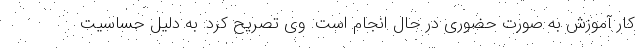
کار آموزش به صورت حضوری در حال انجام است. وی تصریح کرد: به دلیل حساسیت